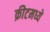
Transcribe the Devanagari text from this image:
क्रीटमध्ये